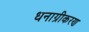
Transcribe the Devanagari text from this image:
धनाग्रीकरण